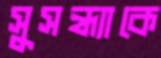
সুসন্ধ্যাকে